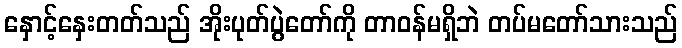
နှောင့်နှေးတတ်သည် အိုးပုတ်ပွဲတော်ကို တာဝန်မရှိဘဲ တပ်မတော်သားသည်